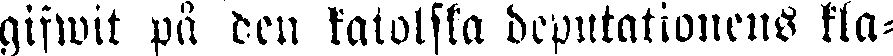
gifwit på den katolska deputationens kla-